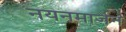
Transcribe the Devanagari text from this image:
नयनमार्जन